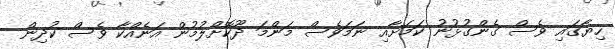
ހިޔާގައި ވެސް ގެންގުޅުނު ކަމަށާއި ނަމަވެސް މަންމަ ދޫކޮށްލުމުން އަނެއްކާ ވެސް ކުދިން